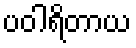
ပဝါရိတာယ